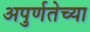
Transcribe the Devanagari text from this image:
अपुर्णतेच्या